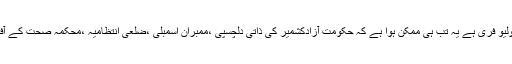
انہوں نے کہا کہ گزشتہ 14سالوں سے آزادکشمیر پولیو فری ہے یہ تب ہی ممکن ہوا ہے کہ حکومت آزادکشمیر کی ذاتی دلچسپی ،ممبران اسمبلی ،ضلعی انتظامیہ ،محکمہ صحت کے آفیسران ،اہلکارن ،میڈیا اور عوام الناس نے تعاون کیا۔